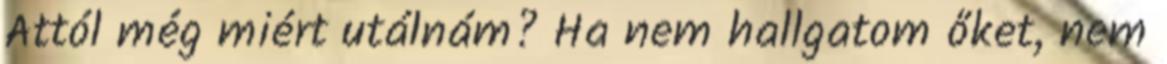
Attól még miért utálnám? Ha nem hallgatom őket, nem